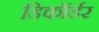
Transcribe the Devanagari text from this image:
डिकॉर्डर